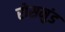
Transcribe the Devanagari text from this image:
रोसमुंड